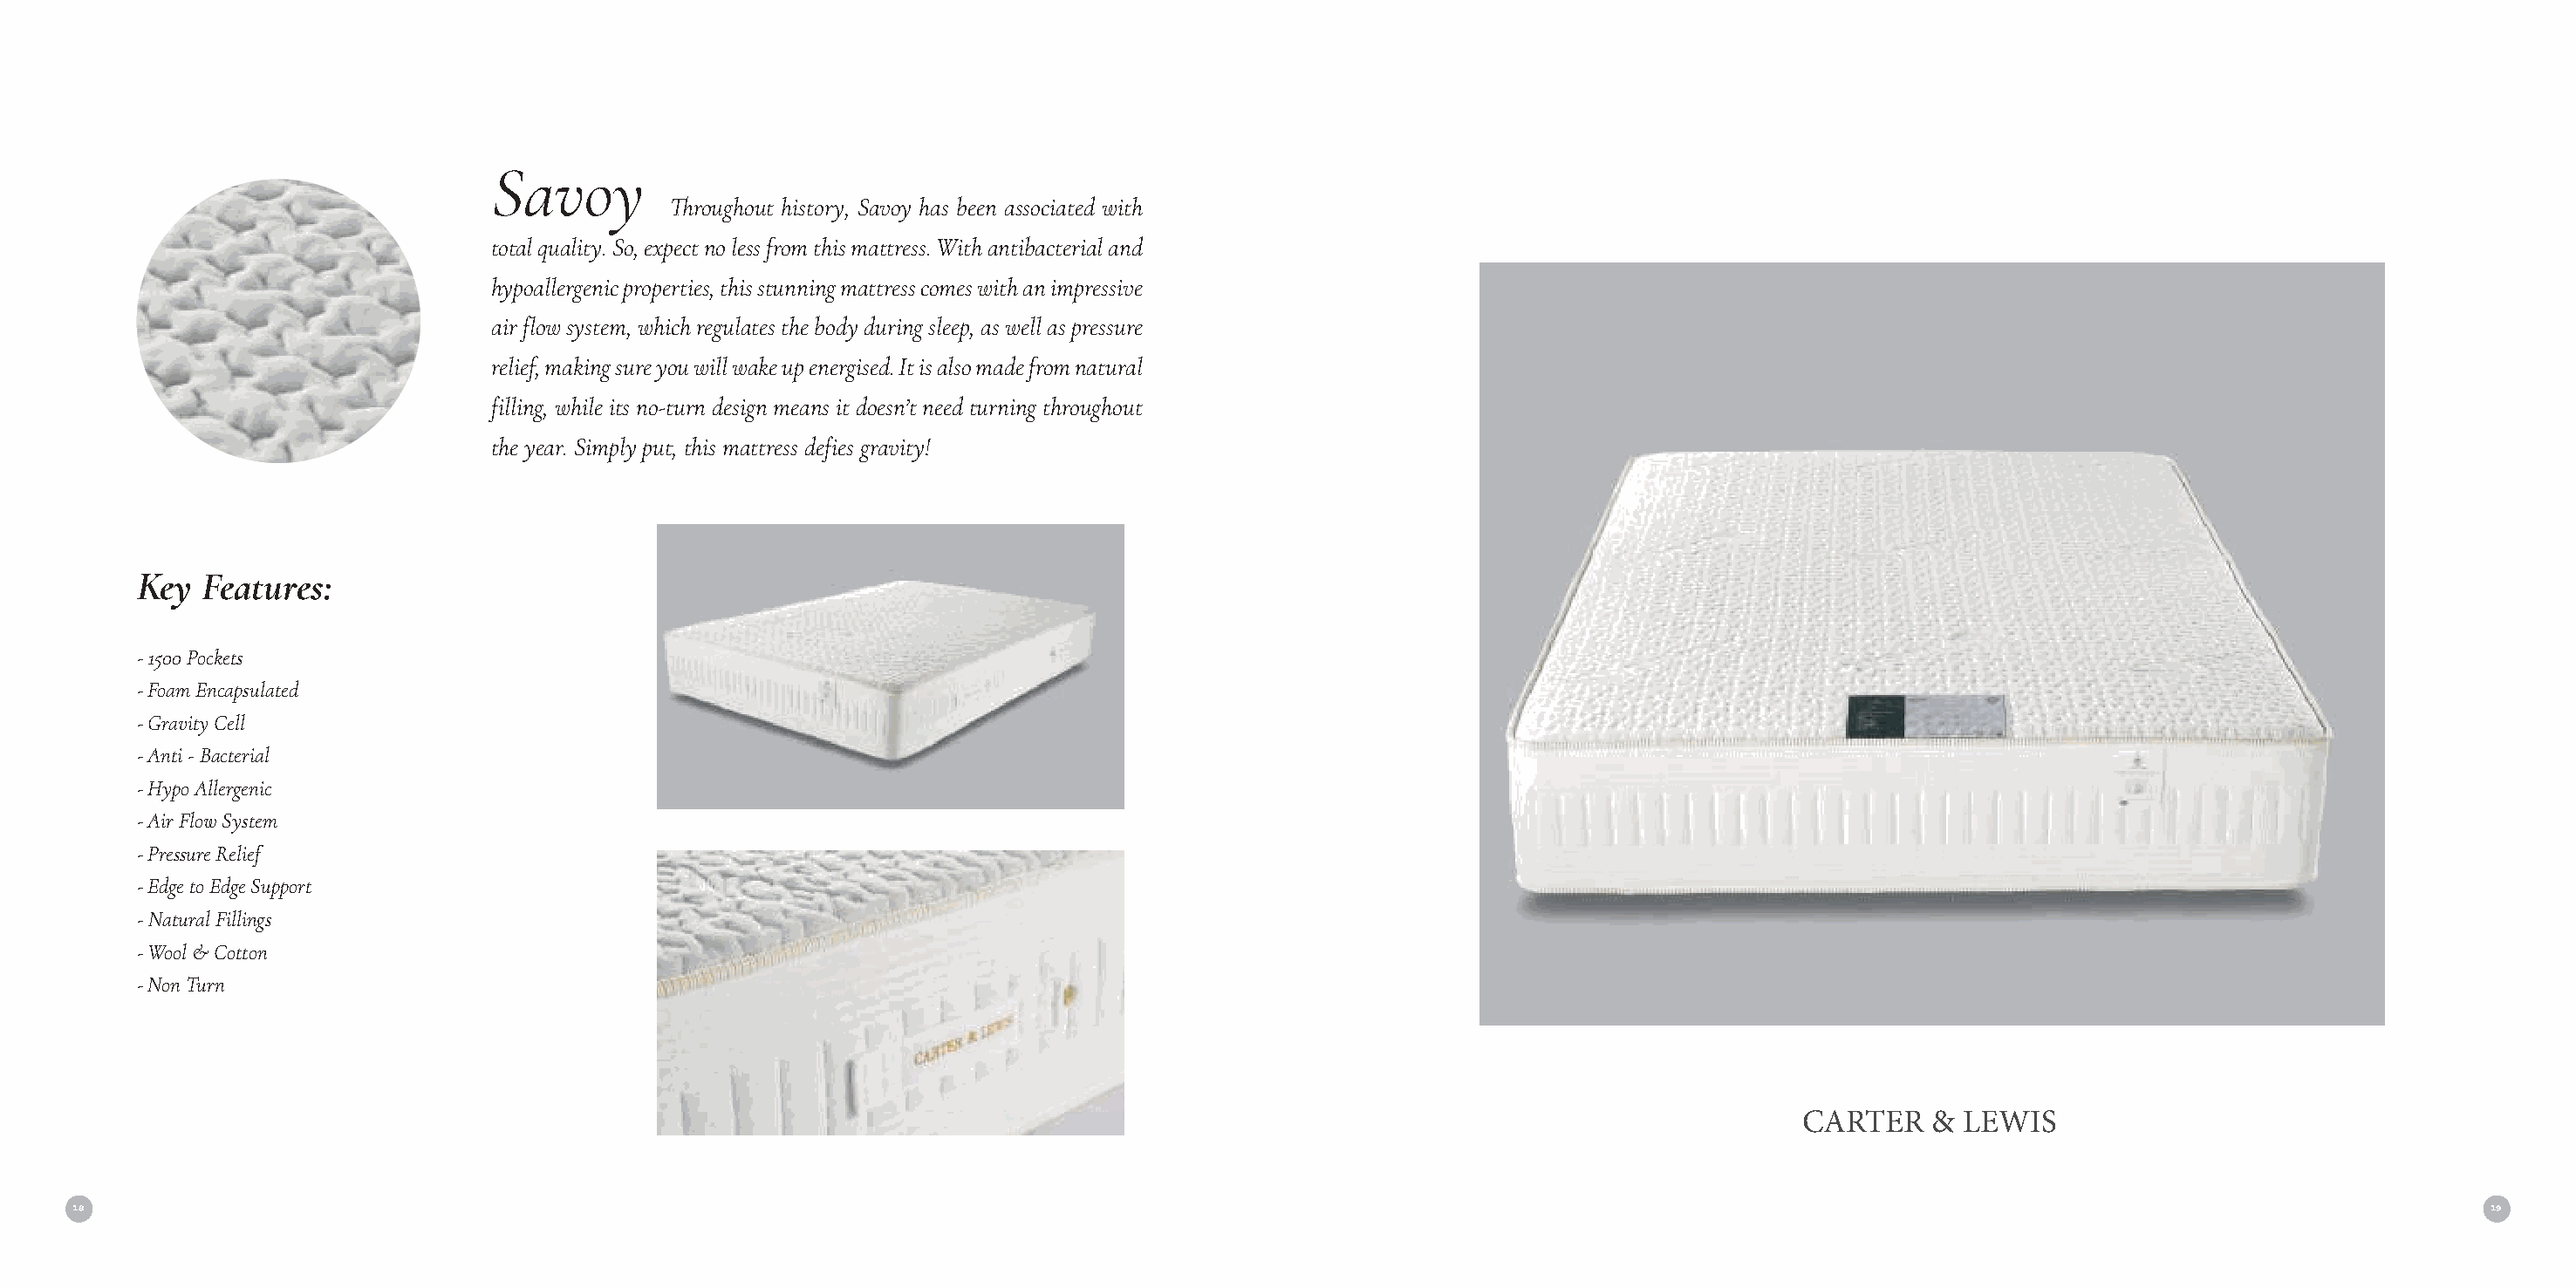
Savoy
 Throughout history, Savoy has been associated with
 total quality. So, expect no less from this mattress. With antibacterial and
 hypoallergenic properties, this stunning mattress comes with an impressive
 air flow system, which regulates the body during sleep, as well as pressure
 relief, making sure you will wake up energised. It is also made from natural
 filling, while its no-turn design means it doesn’t need turning throughout
 the year. Simply put, this mattress defies gravity!
 Key  Features:
 - 1500 Pockets
 - Foam Encapsulated
 - Gravity Cell
 - Anti - Bacterial
 - Hypo Allergenic
 - Air Flow System
 - Pressure Relief
 - Edge to Edge Support
 - Natural Fillings
 - Wool & Cotton
 - Non Turn
 CARTER    & LEWIS
 18                                                                                                                                                                                     19